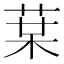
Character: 𰱒